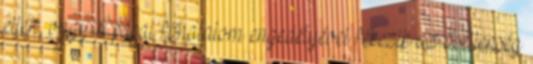
ellen, vagy a pápai főhatalom engedélyével fékezik az ősellenség